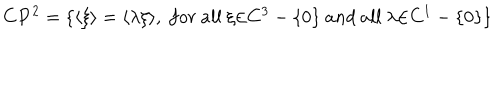
{ \bf C } { \bf P } ^ { 2 } = \{ \langle \xi \rangle = \langle \lambda \xi \rangle , ~ f o r ~ a l l ~ { \xi } { \in } C ^ { 3 } - \{ 0 \} ~ a n d ~ a l l ~ { \lambda } { \in } C ^ { 1 } - \{ 0 \} \}